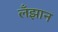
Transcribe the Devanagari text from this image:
लँझान